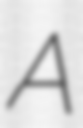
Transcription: A